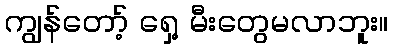
ကျွန်တော့် ရှေ့ မီးတွေမလာဘူး။